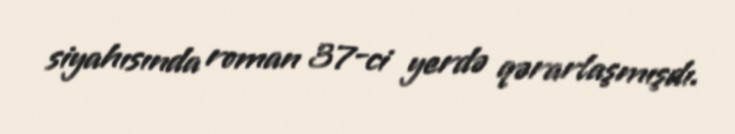
siyahısında roman 37-ci yerdə qərarlaşmışdı.